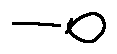
- o